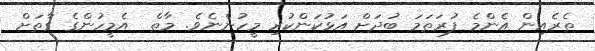
ތެރެއިން އެންމެ ފުރަތަމަ ބުދަށް އަޅުކަންކުރި މީހުންނެވެ. މާތް  އެމީހުންގެ ގާތަށް